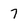
Character: 7